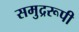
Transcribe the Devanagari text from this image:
समुद्ररूपी